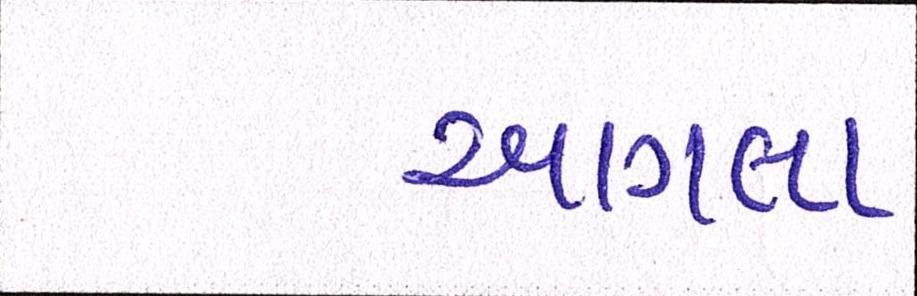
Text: આગલા